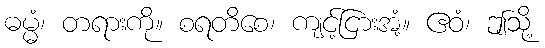
ဓမ္မံ၊ တရားကို။ စရတိစေ၊ ကျင့်ငြားအံ့။ ဧဝံ၊ ဤသို့